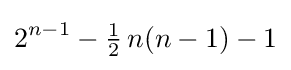
2^{n-1}-{\tfrac {1}{2}}\,n(n-1)-1